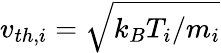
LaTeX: v_{th,i}=\sqrt{k_{B}T_{i}/m_{i}}